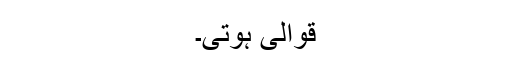
قوالی ہوتی۔